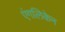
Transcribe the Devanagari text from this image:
एंगलिकेन